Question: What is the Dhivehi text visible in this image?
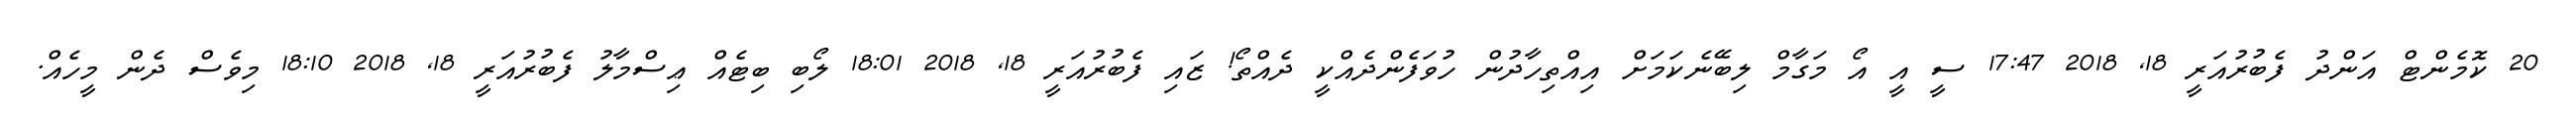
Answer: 20 ކޮމެންޓް އަންދު ފެބުރުއަރީ 18, 2018 17:47 ސީ އީ އޯ މަގާމް ލިބޭނެކަމަށް އިއްތިހާދުން ހުވަފެންދެއްކީ ދެއްތޯ! ޒައި ފެބުރުއަރީ 18, 2018 18:01 ލޯބި ބިޓެއް ޢިސްމާލު ފެބުރުއަރީ 18, 2018 18:10 މިވެސް ދެން މީހެއް.